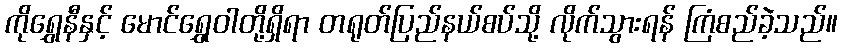
ကိုရွှေနီနှင့် မောင်ရွှေဝါတို့ရှိရာ တရုတ်ပြည်နယ်စပ်သို့ လိုက်သွားရန် ကြံစည်ခဲ့သည်။